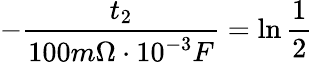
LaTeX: -\frac{t_{2}}{100m\Omega\cdot 10^{-3}F}=\ln\frac{1}{2}